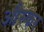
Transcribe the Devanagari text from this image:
औस्कर